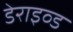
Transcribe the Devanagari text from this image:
डेराइव्ड